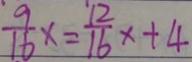
\frac { 9 } { 1 6 } x = \frac { 1 2 } { 1 6 } x + 4